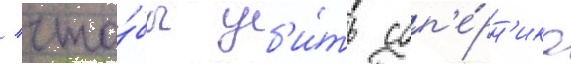
/ что́бы уб'и́ть соп'е́рн'ика